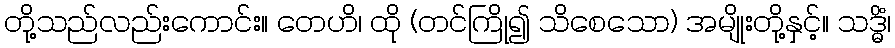
တို့သည်လည်းကောင်း။ တေဟိ၊ ထို (တင်ကြို၍ သိစေသော) အမျိုးတို့နှင့်။ သဒ္ဓိံ၊